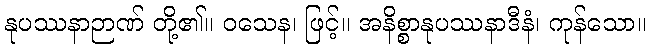
နုပဿနာဉာဏ် တို့၏။ ဝသေန၊ ဖြင့်။ အနိစ္စာနုပဿနာဒီနံ၊ ကုန်သော။